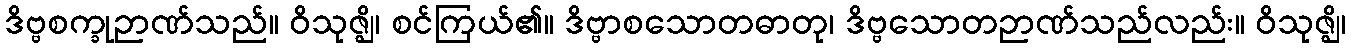
ဒိဗ္ဗစက္ခုဉာဏ်သည်။ ဝိသုဇ္ဈိ၊ စင်ကြယ်၏။ ဒိဗ္ဗာစသောတဓာတု၊ ဒိဗ္ဗသောတဉာဏ်သည်လည်း။ ဝိသုဇ္ဈိ၊